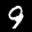
Label: 9